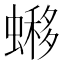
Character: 𧐹